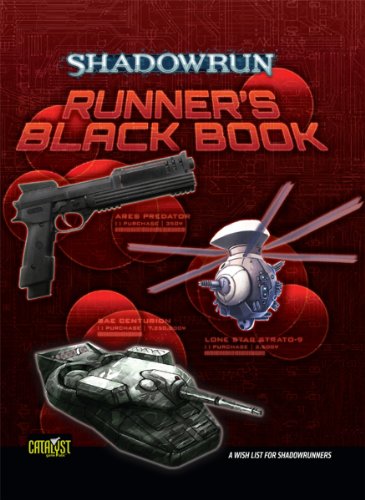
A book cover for Shadowrun Runners Black Book; Catalyst Game Labs; Science Fiction & Fantasy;